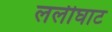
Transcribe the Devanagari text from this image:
ललीघाट